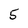
Character: 5